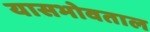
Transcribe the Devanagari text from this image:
यासभोवताल